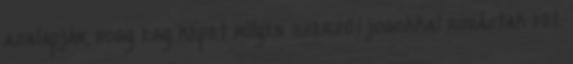
azalapján, hogy egy képet milyen szerzői jogokkal ruháztak fel.